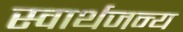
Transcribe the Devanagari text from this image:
स्वार्थजन्य